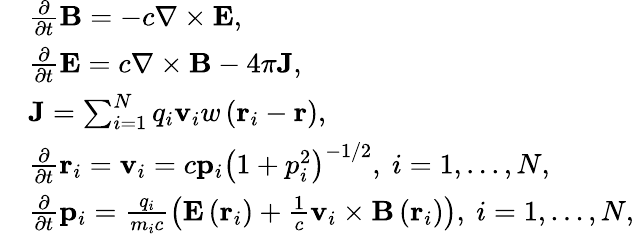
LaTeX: \begin{array}{rl}&{\frac{\partial}{\partial t}\mathbf{B}=-c\nabla\times\mathbf{E},}\\ &{\frac{\partial}{\partial t}\mathbf{E}=c\nabla\times\mathbf{B}-4\pi\mathbf{J},}\\ &{\mathbf{J}=\sum_{i=1}^{N}q_{i}\mathbf{v}_{i}w\left(\mathbf{r}_{i}-\mathbf{r}\right),}\\ &{\frac{\partial}{\partial t}\mathbf{r}_{i}=\mathbf{v}_{i}=c\mathbf{p}_{i}\left(1+p_{i}^{2}\right)^{-1/2},\ i=1,...,N,}\\ &{\frac{\partial}{\partial t}\mathbf{p}_{i}=\frac{q_{i}}{m_{i}c}\left(\mathbf{E}\left(\mathbf{r}_{i}\right)+\frac{1}{c}\mathbf{v}_{i}\times\mathbf{B}\left(\mathbf{r}_{i}\right)\right),\ i=1,...,N,}\end{array}